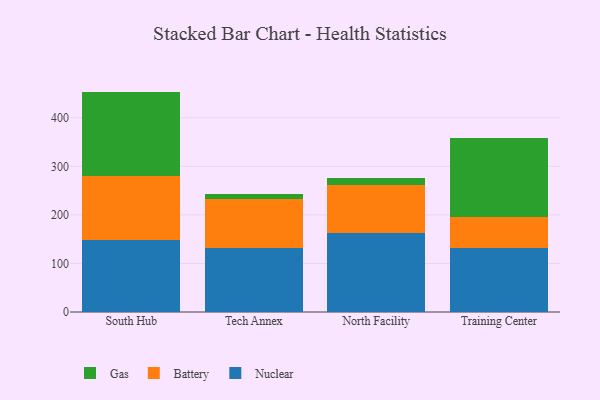
{"axis": {"x": "Campus", "y": "Market Share (%)"}, "legend": ["Battery", "Gas", "Nuclear"], "data": [{"x": "South Hub", "y": 148.7, "type": "Nuclear"}, {"x": "South Hub", "y": 131.4, "type": "Battery"}, {"x": "South Hub", "y": 173.7, "type": "Gas"}, {"x": "Tech Annex", "y": 132.8, "type": "Nuclear"}, {"x": "Tech Annex", "y": 100.2, "type": "Battery"}, {"x": "Tech Annex", "y": 9.4, "type": "Gas"}, {"x": "North Facility", "y": 163.3, "type": "Nuclear"}, {"x": "North Facility", "y": 97.2, "type": "Battery"}, {"x": "North Facility", "y": 15.9, "type": "Gas"}, {"x": "Training Center", "y": 131.5, "type": "Nuclear"}, {"x": "Training Center", "y": 64.7, "type": "Battery"}, {"x": "Training Center", "y": 161.6, "type": "Gas"}]}